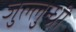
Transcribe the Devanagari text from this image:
जुल्लुन्ध्री